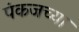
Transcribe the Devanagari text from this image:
पंकजच्या